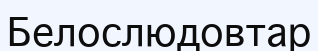
Белослюдовтар